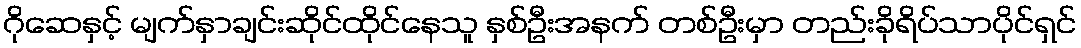
ဂိုဆေနှင့် မျက်နှာချင်းဆိုင်ထိုင်နေသူ နှစ်ဦးအနက် တစ်ဦးမှာ တည်းခိုရိပ်သာပိုင်ရှင်